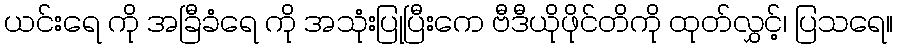
ယင်းရေ ကို အခြီခံရေ ကို အသုံးပြုပြီးကေ ဗီဒီယိုဖိုင်တိကို ထုတ်လွှင့်၊ ပြသရေ။